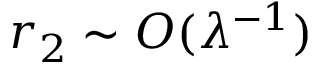
r _ { 2 } \sim O ( \lambda ^ { - 1 } )